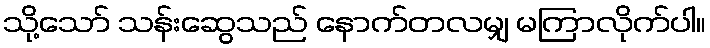
သို့သော် သန်းဆွေသည် နောက်တလမျှ မကြာလိုက်ပါ။